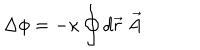
\Delta \phi = - \kappa \oint d { \vec { r } } \ { \vec { A } }